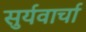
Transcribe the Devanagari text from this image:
सुर्यवार्चा